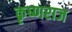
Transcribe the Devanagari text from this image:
कृष्‍णराज